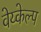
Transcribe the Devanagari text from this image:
वेय्केल्प